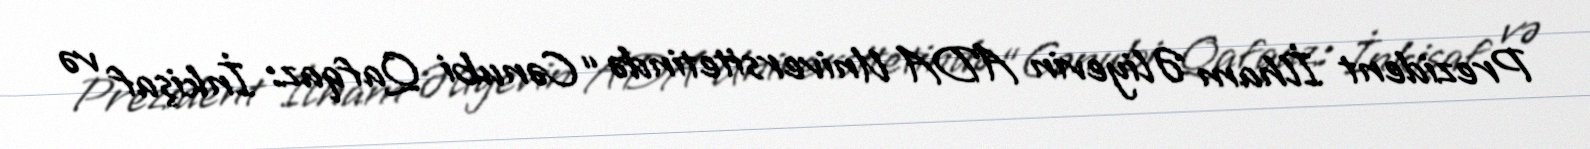
Prezident İlham Əliyevin ADA Universitetində “Cənubi Qafqaz: İnkişaf və